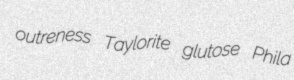
outreness Taylorite glutose Phila